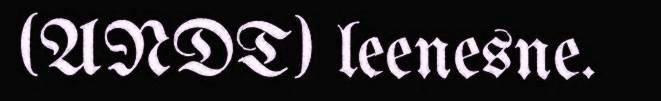
(ANDT) leenesne.